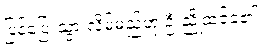
ပြန်ပြေးသွားလိမ့်မည်ဟု ဦးညိုထင်ခဲ့၏။